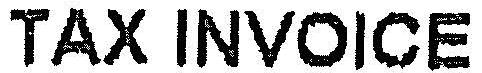
TAX INVOICE